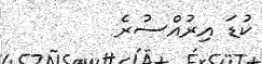
ކުޑަ އިރުއްސުރެ